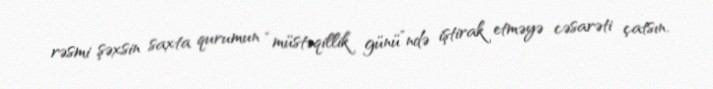
rəsmi şəxsin saxta qurumun “müstəqillik günü”ndə iştirak etməyə cəsarəti çatsın.